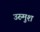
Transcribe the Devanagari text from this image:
उरुमुश